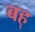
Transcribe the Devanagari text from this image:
बह्